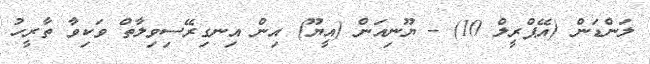
ލަންޑަން (އޭޕްރީލް 10) - ޔޫނިއަން (އީޔޫ) އިން އިނގިރޭސިވިލާތް ވަކިވާ ތާރީހު